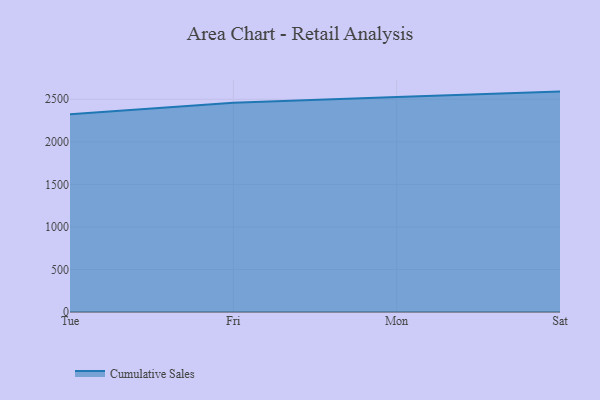
{"axis": {"x": "Day", "y": "Conversion Rate (%)"}, "legend": ["Cumulative Sales"], "data": [{"x": "Tue", "y": 2323.9, "type": "Cumulative Sales"}, {"x": "Fri", "y": 2458.5, "type": "Cumulative Sales"}, {"x": "Mon", "y": 2527.4, "type": "Cumulative Sales"}, {"x": "Sat", "y": 2590.3, "type": "Cumulative Sales"}]}